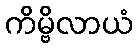
ကိမ္ဗိလာယံ